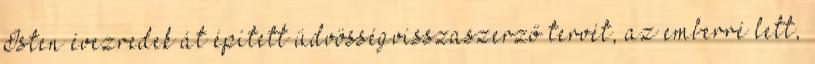
Isten évezredek át épített üdvösségvisszaszerző tervét, az emberré lett,